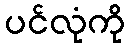
ပင်လုံကို